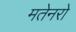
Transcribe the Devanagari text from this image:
मतेनरो